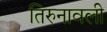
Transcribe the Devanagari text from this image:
तिरुनावली